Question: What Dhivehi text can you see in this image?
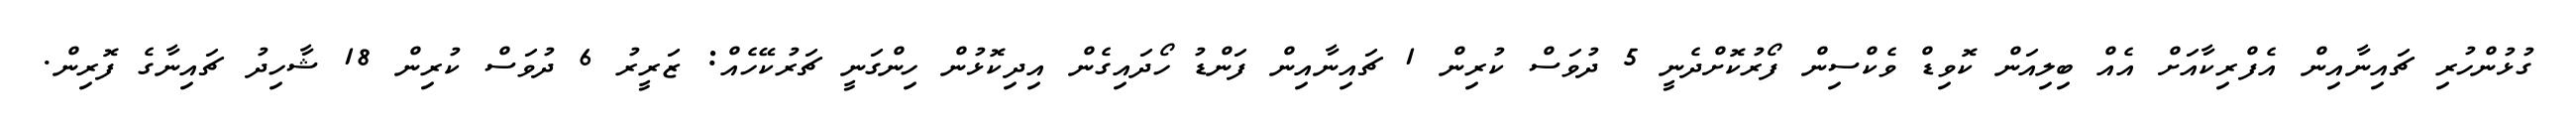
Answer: ގުޅުންހުރި ޗައިނާއިން އެފްރިކާއަށް އެއް ބިލިއަން ކޮވިޑް ވެކްސިން ފޯރުކޮށްދެނީ 5 ދުވަސް ކުރިން 1 ޗައިނާއިން ފަންޑު ހޯދައިގެން އިދިކޮޅުން ހިންގަނީ ޗަރުކޭހެއް: ޒަރީރު 6 ދުވަސް ކުރިން 18 ޝާހިދު ޗައިނާގެ ފޮރިން.